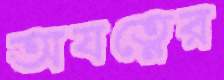
অযত্নের